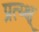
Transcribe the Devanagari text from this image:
प्रत्य्क्ष्